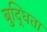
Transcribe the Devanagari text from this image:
बुद्धिता